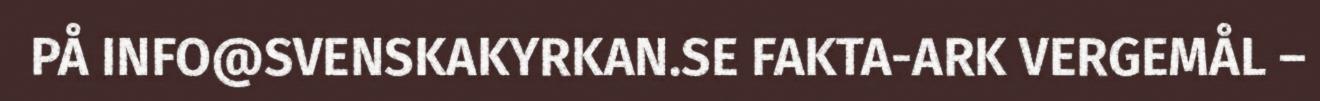
PÅ INFO@SVENSKAKYRKAN.SE FAKTA-ARK VERGEMÅL –